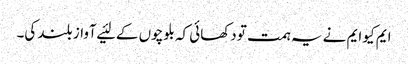
ایم کیو ایم نے یہ ہمت تو دکھائی کہ بلوچوں کے لئیے آواز بلند کی۔